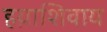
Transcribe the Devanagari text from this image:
हय़ाशिवाय